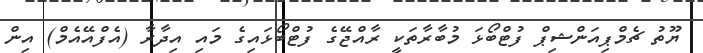
ޔޫތު ޗެމްޕިއަންޝިޕް ފުޓްބޯޅަ މުބާރާތަކީ ރާއްޖޭގެ ފުޓްބޯޅައިގެ މައި އިދާރާ (އެފްއޭއެމް) އިން